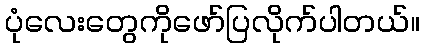
ပုံလေးတွေကိုဖော်ပြလိုက်ပါတယ်။